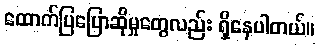
ထောက်ပြပြောဆိုမှုတွေလည်း ရှိနေပါတယ်။